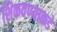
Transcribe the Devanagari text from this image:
शिकवण्याकडे